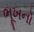
ભૂખનો